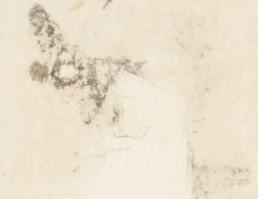
也